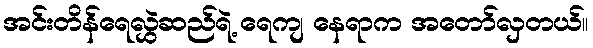
အင်းတိန်ရေလွှဲဆည်ရဲ့ ရေကျ နေရာက အတော်လှတယ်။